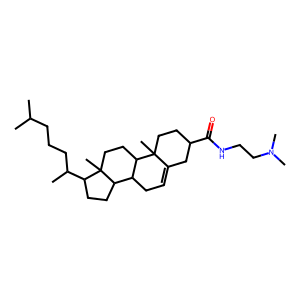
SMILES: CC(C)CCCC(C)C1CCC2C3CC=C4CC(C(=O)NCCN(C)C)CCC4(C)C3CCC12C
Inhibits HIV replication: No